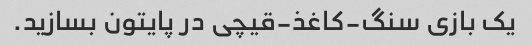
یک بازی سنگ-کاغذ-قیچی در پایتون بسازید.